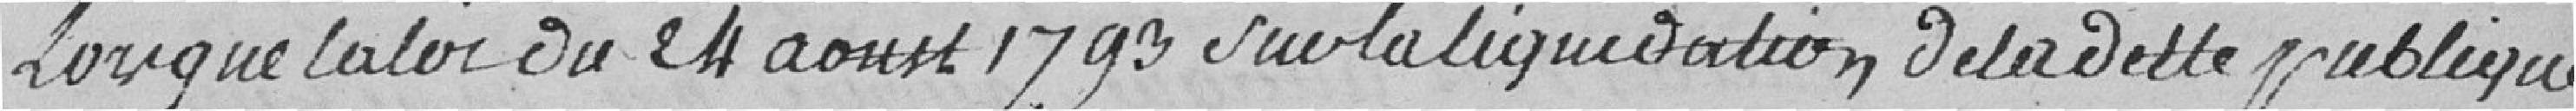
Lorsque la loi du 24 aoust 1793 sur la liquidation de la dette publique